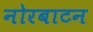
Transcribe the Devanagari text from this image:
नोरबाटन